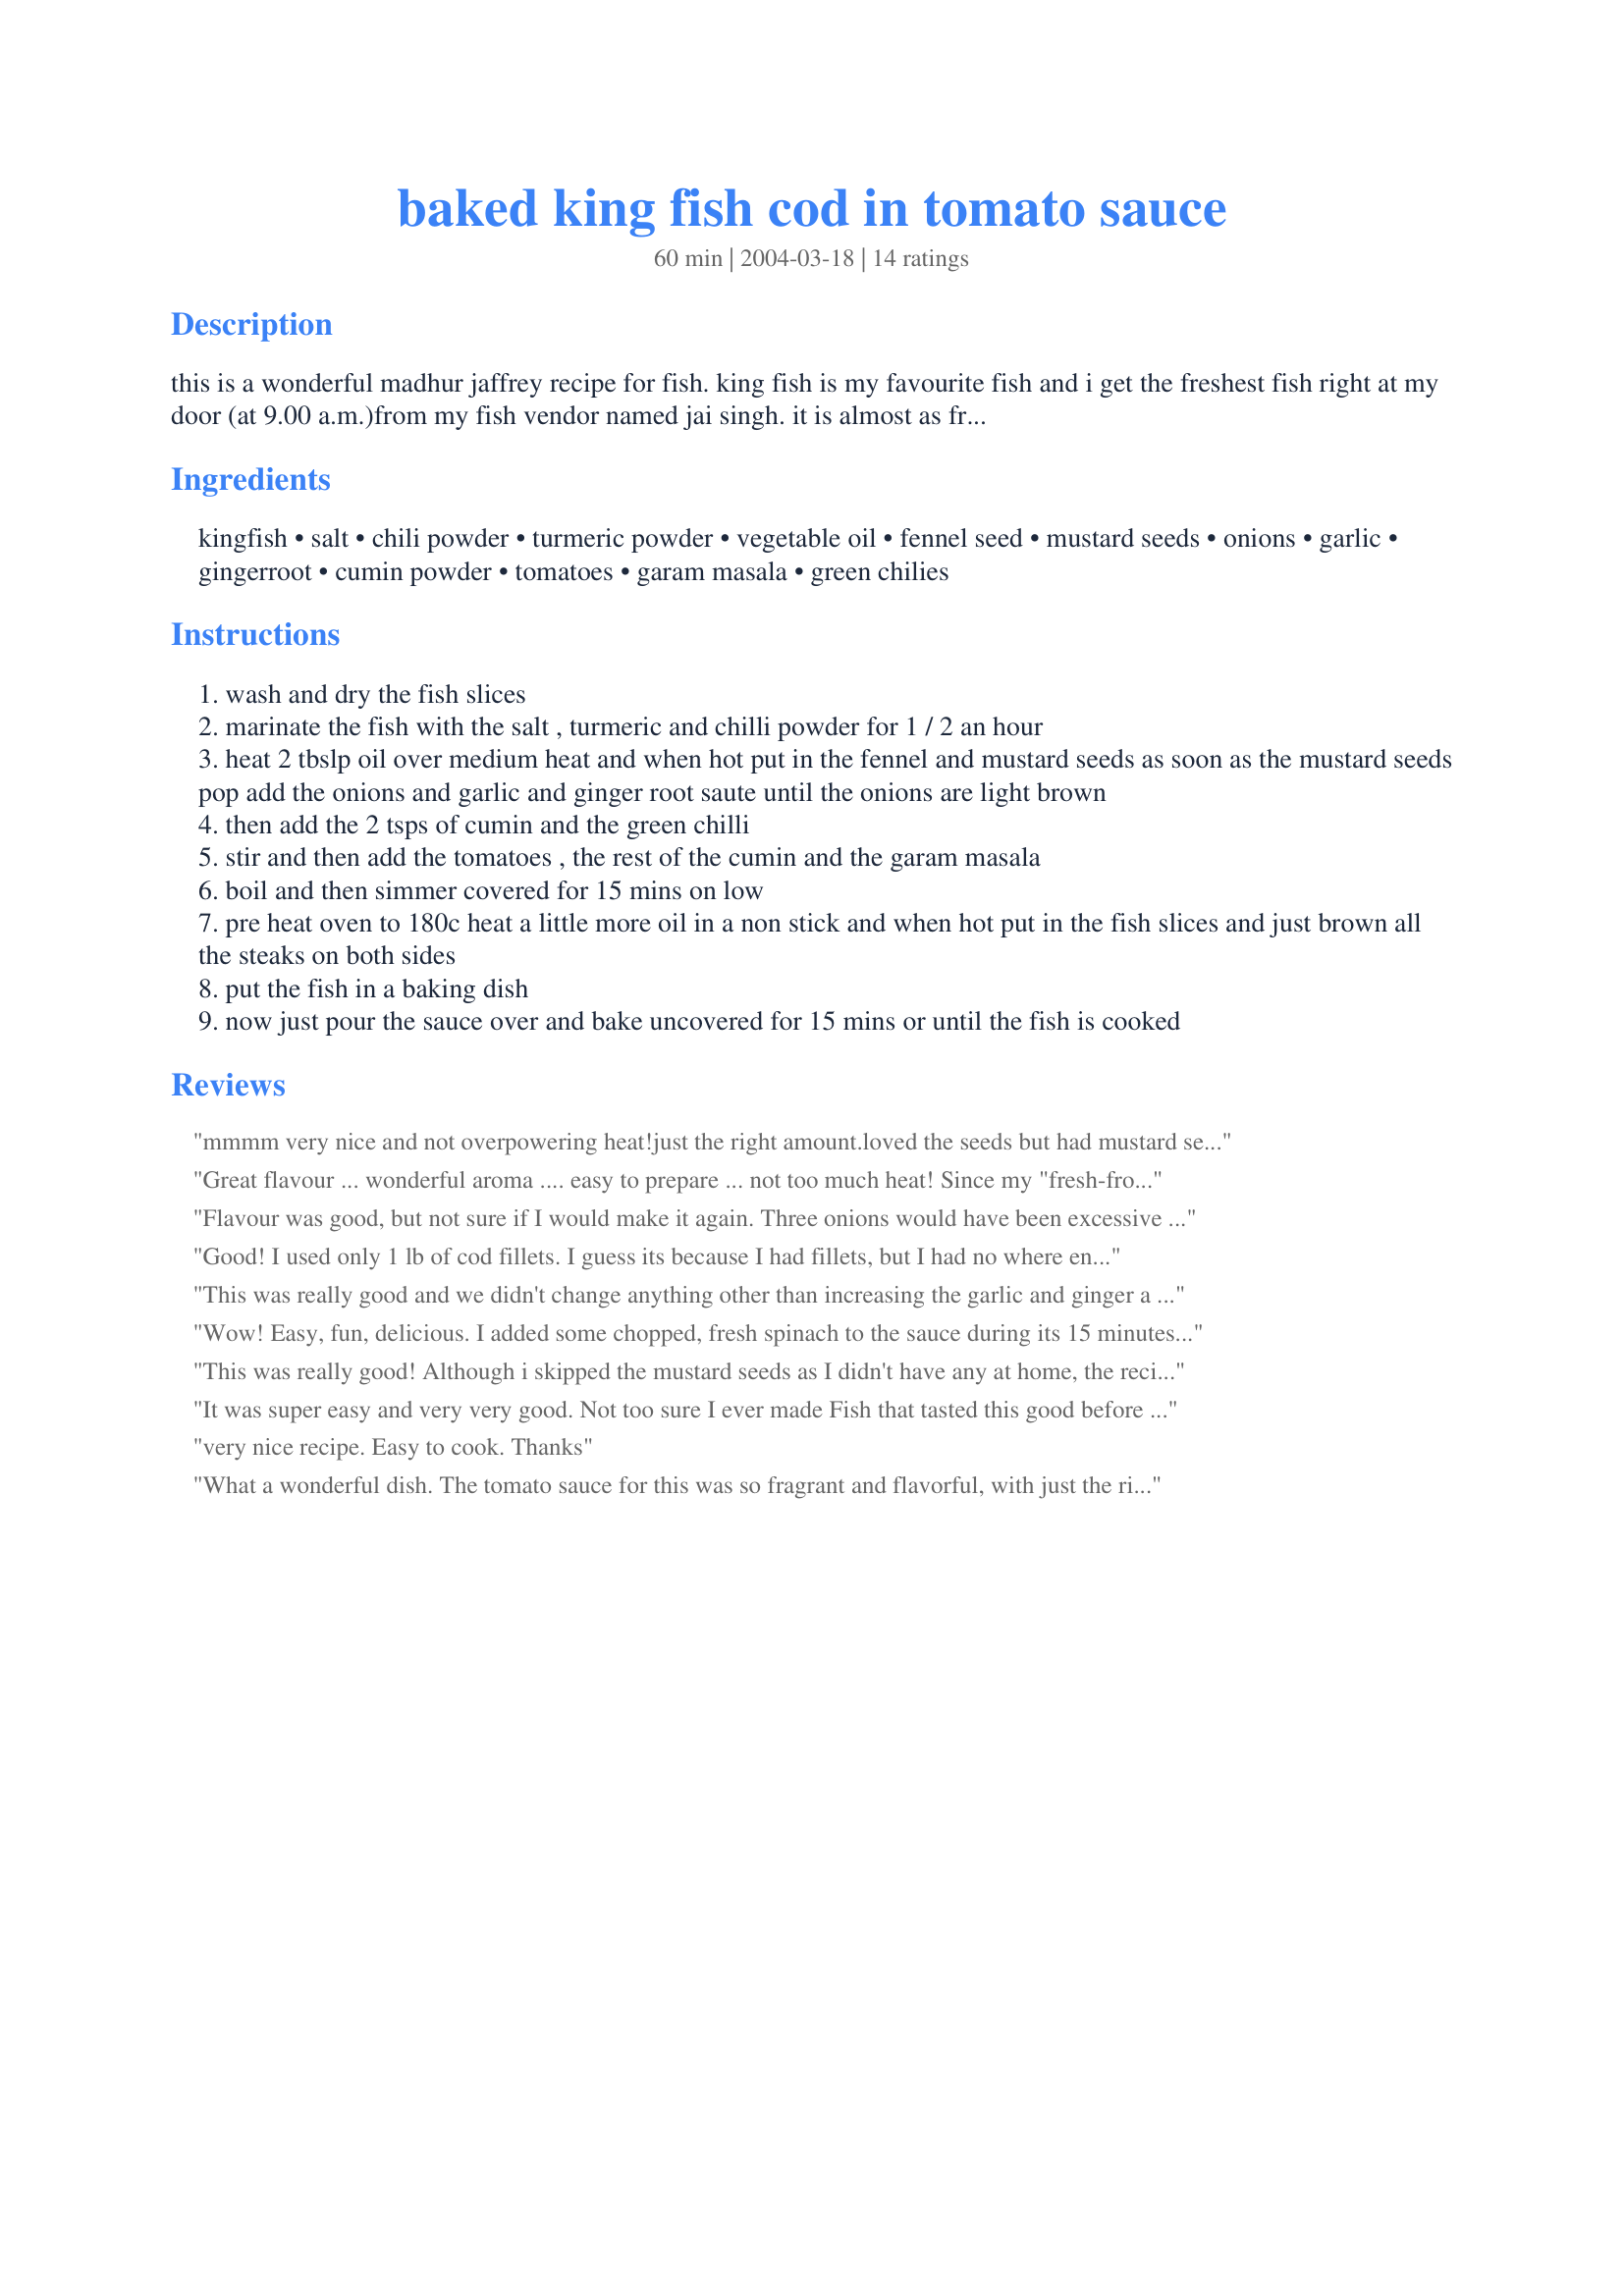
baked king fish cod in tomato sauce
Preparation time: 60 minutes

this is a wonderful madhur jaffrey recipe for fish. king fish is my favourite fish and i get the freshest fish right at my door (at 9.00 a.m.)from my fish vendor named jai singh. it is almost as fresh as just out of the sea. hmmm... one of the pluses of living near the sea. we have fish almost 4 days a week and i love variety so have a host of recipes that i have tried and used over and over again for 8 years now. this is definitely the top of the list.

Ingredients:
kingfish, salt, chili powder, turmeric powder, vegetable oil, fennel seed, mustard seeds, onions, garlic, gingerroot, cumin powder, tomatoes, garam masala, green chilies

Steps:
wash and dry the fish slices
marinate the fish with the salt , turmeric and chilli powder for 1 / 2 an hour
heat 2 tbslp oil over medium heat and when hot put in the fennel and mustard seeds as soon as the mustard seeds pop add the onions and garlic and ginger root saute until the onions are light brown
then add the 2 tsps of cumin and the green chilli
stir and then add the tomatoes , the rest of the cumin and the garam masala
boil and then simmer covered for 15 mins on low
pre heat oven to 180c heat a little more oil in a non stick and when hot put in the fish slices and just brown all the steaks on both sides
put the fish in a baking dish
now just pour the sauce over and bake uncovered for 15 mins or until the fish is cooked

Reviews:
mmmm very nice and not overpowering heat!just the right amount.loved the seeds but had mustard seed poppin all over!! The sauce was wonderful, I didn't brown the cod, I just put it in the casserole and it turned out gorgeous! Thanks for sharing a good one we will be making again.
Great flavour ... wonderful aroma .... easy to prepare ... not too much heat! Since my "fresh-from-the-garden" tomatoes were rather large & juicy, I had too much "sauce" but thats OK - I'll eat it for breakfast this morning. I suggest keeping a lid close by at step 3 as the mustard seeds were jumping everywhere (LOL)!!! I substituted some green curry paste (a concentrated mixture of green chilies & Thai spices according to the label) for the fresh green chilies as I had none. Thanx Fay for a delicious entree!
Flavour was good, but not sure if I would make it again. Three onions would have been excessive in my estimation, so I used one large onion which seemed sufficient. As a whole, it just didn't jump out at me as being as awesome as some others felt. Different tastes I guess!
Good! I used only 1 lb of cod fillets. I guess its because I had fillets, but I had no where enough of the chili/turmeric/salt mixture (you don't mention it here, but Madhur calls for the mixture to be made of 1/4 tsp each salt, cayenne and turmeric) to coat my fillets properly. In all, I needed about 3/4 tsp each to cover my fillets. Pretty though! I did sear my fillets in my cast iron pan, although with the fillets, I really don't think this was necessary, since they didn't really brown and they are quite flaky, so if you're using fillets, I recommend just going ahead and pouring the sauce over them and tossing them in the oven. I baked this in my cast iron and it cooked quick as a wink. We served with another Madhur Jaffrey recipe for cauliflower with fennel and black mustard seeds "Baghari Phool Gobi" (from the same cookbook as this one, titled, "Madhur Jaffrey's Indian Cooking"). A good meal with good flavor. I was a little surprised that this was not spicier since I used 3 times the quanity cayenne called for in her original recipe, so if I make this again, I will certainly follow your suggestion of adding chili pepper. Very good... wish my fish had been fresher, though. :( Thanks, Fay!
This was really good and we didn't change anything other than increasing the garlic and ginger a bit. Thanks for sharing!
Wow! Easy, fun, delicious. I added some chopped, fresh spinach to the sauce during its 15 minutes of simmering, just because I had it and it needed to be eaten. But the recipe needed no additions -- except a little salt. Thanks!
This was really good! Although i skipped the mustard seeds as I didn't have any at home, the recipe came out perfect! It was a bit sweet and sour with a nice fragrant to it. Thanks for posting!
It was super easy and very very good. Not too sure I ever made Fish that tasted this good before ever.
very nice recipe. Easy to cook. Thanks
What a wonderful dish. The tomato sauce for this was so fragrant and flavorful, with just the right amount of heat. I used cod fillets, which happened to be on sale this week, and only 1 green chili because it was quite large, and dear hubby doesn't have quite the tolerance for "heat" that I do : >. Because I used fillets instead of steaks, I skipped browning them in a pan, and just let them cook through in the oven. I was so pleased with this dish because it tasted evey bit as good, if not better, then some of the tomato based curry dishes at the Indian restuarants here!!
This dish made my week! Delicious! What a great fish recipe - such a nice change from baked lemon cod or anything that's breaded. The seasoning was perfect. It was easy to make and was out of this world delicious!
This is a fairly simple recipe that was quick to prepare. The flavors were wonderful. I didn't have green chilies so I added a small pinch of red pepper. I also didn't brown the cod but the presentation was very eye appealing. We loved the dish! Thank you for sharing this recipe
I made this dish with pollock fillet and it came out perfectly. Hot, but not too hot. I prefer my fish not to be breaded so I was pleased to find a delicious and easy baked fish recipe. I didn't brown the fish because I find pollock to be pretty solid so there is no need to do it to keep it from falling apart.
This was a easy tasty dish. I made it with trout though, as i had no cod. I will definitely be using this recipe again, maybe with cod next time.
